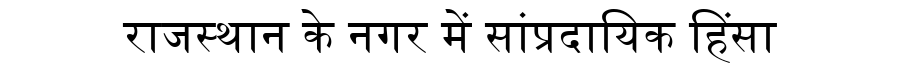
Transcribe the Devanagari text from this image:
राजस्थान के नगर में सांप्रदायिक हिंसा